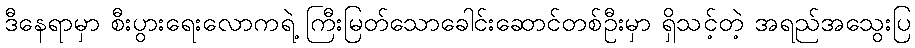
ဒီနေရာမှာ စီးပွားရေးလောကရဲ့ ကြီးမြတ်သောခေါင်းဆောင်တစ်ဦးမှာ ရှိသင့်တဲ့ အရည်အသွေးပြ